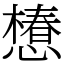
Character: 𢢫